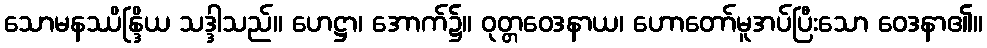
သောမနဿိန္ဒြိယ သဒ္ဒါသည်။ ဟေဋ္ဌာ၊ အောက်၌။ ဝုတ္တဝေဒနာယ၊ ဟောတော်မူအပ်ပြီးသော ဝေဒနာ၏။